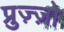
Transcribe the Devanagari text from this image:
प्रुज़्ज़ो